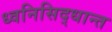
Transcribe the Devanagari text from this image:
ध्वनिसिद्धान्त